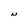
Character: N